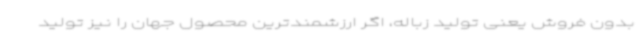
بدون فروش یعنی تولید زباله، اگر ارزشمندترین محصول جهان را نیز تولید